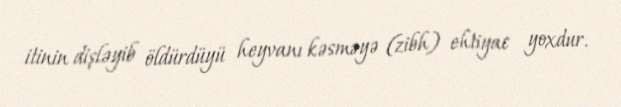
itinin dişləyib öldürdüyü heyvanı kəsməyə (zibh) ehtiyac yoxdur.